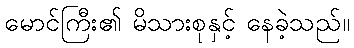
မောင်ကြီး၏ မိသားစုနှင့် နေခဲ့သည်။